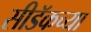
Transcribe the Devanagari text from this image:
सीडॅकच्या